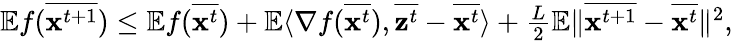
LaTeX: \begin{array}{r}{\mathbb{E}f(\overline{{{\mathbf x}^{t+1}}})\leq\mathbb{E}f(\overline{{{\mathbf x}^{t}}})+\mathbb{E}\langle\nabla f(\overline{{{\mathbf x}^{t}}}),\overline{{{\mathbf z}^{t}}}-\overline{{{\mathbf x}^{t}}}\rangle+\frac{L}{2}\mathbb{E}\| \overline{{{\mathbf x}^{t+1}}}-\overline{{{\mathbf x}^{t}}}\| ^{2},}\end{array}